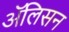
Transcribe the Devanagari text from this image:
अॅलिसन